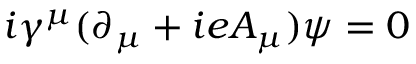
i { \gamma } ^ { \mu } ( { \partial } _ { \mu } + i e A _ { \mu } ) { \psi } = 0